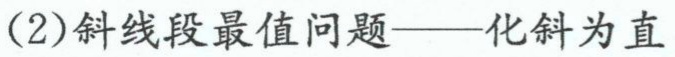
(2)斜线段最值问题——化斜为直